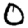
Digit: 0